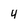
Character: 4